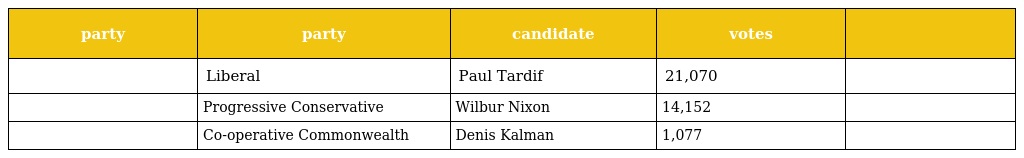
| party | party | candidate | votes |  |
 | --- | --- | --- | --- | --- |
 |  | Liberal | Paul Tardif | 21,070 |  |
 |  | Progressive Conservative | Wilbur Nixon | 14,152 |  |
 |  | Co-operative Commonwealth | Denis Kalman | 1,077 |  |